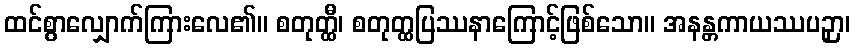
ထင်စွာလျှောက်ကြားလေ၏။ စတုတ္ထီ၊ စတုတ္ထပြဿနာကြောင့်ဖြစ်သော။ အနန္တကာယဿပဉှာ၊